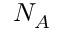
N _ { A }